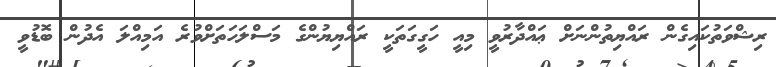
ރިޝްވަތުކައިގެން ރައްޔިތުންނަށް ޢައްދާރުވީ މިއީ ހަގީގަތަކީ ރައްޔިޔުންގެ މަސްލަހަތަށްވުރެ އަމިއްލަ އެދުން ބޮޑުވީ